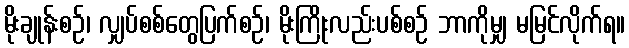
မိုးချုန်းစဉ်၊ လျှပ်စစ်တွေပြက်စဉ်၊ မိုးကြိုးလည်းပစ်စဉ် ဘာကိုမျှ မမြင်လိုက်ရ။